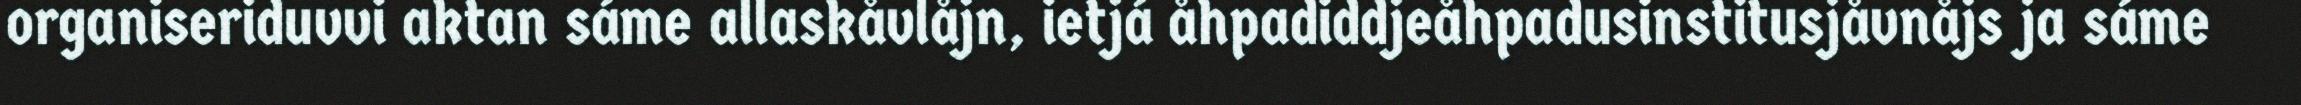
organiseriduvvi aktan sáme allaskåvlåjn, ietjá åhpadiddjeåhpadusinstitusjåvnåjs ja sáme